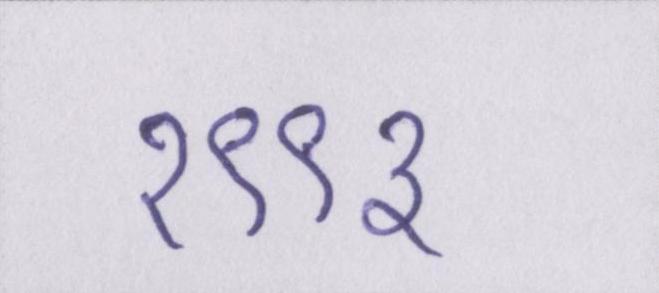
१९९३